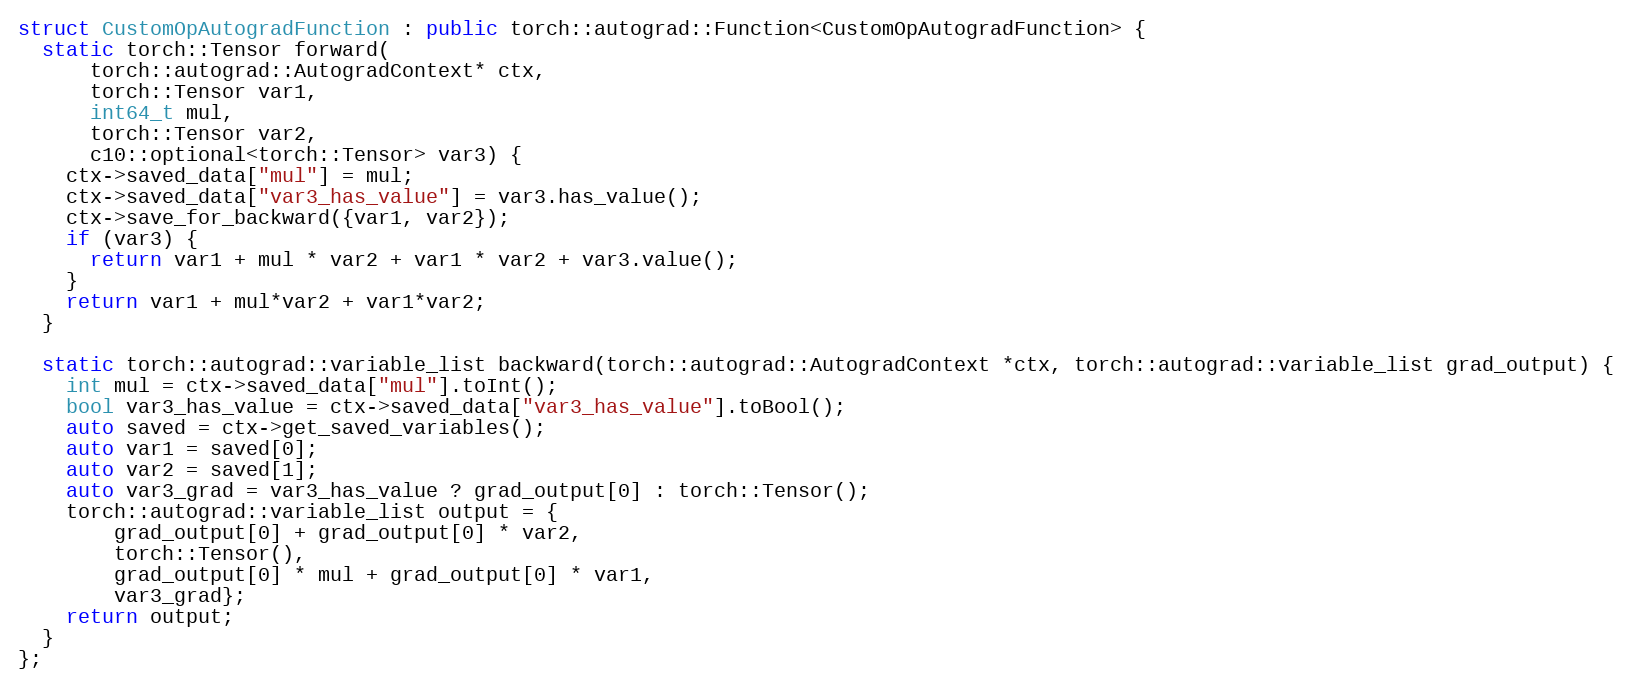
Language: C++
struct CustomOpAutogradFunction : public torch::autograd::Function<CustomOpAutogradFunction> {
  static torch::Tensor forward(
      torch::autograd::AutogradContext* ctx,
      torch::Tensor var1,
      int64_t mul,
      torch::Tensor var2,
      c10::optional<torch::Tensor> var3) {
    ctx->saved_data["mul"] = mul;
    ctx->saved_data["var3_has_value"] = var3.has_value();
    ctx->save_for_backward({var1, var2});
    if (var3) {
      return var1 + mul * var2 + var1 * var2 + var3.value();
    }
    return var1 + mul*var2 + var1*var2;
  }

  static torch::autograd::variable_list backward(torch::autograd::AutogradContext *ctx, torch::autograd::variable_list grad_output) {
    int mul = ctx->saved_data["mul"].toInt();
    bool var3_has_value = ctx->saved_data["var3_has_value"].toBool();
    auto saved = ctx->get_saved_variables();
    auto var1 = saved[0];
    auto var2 = saved[1];
    auto var3_grad = var3_has_value ? grad_output[0] : torch::Tensor();
    torch::autograd::variable_list output = {
        grad_output[0] + grad_output[0] * var2,
        torch::Tensor(),
        grad_output[0] * mul + grad_output[0] * var1,
        var3_grad};
    return output;
  }
};